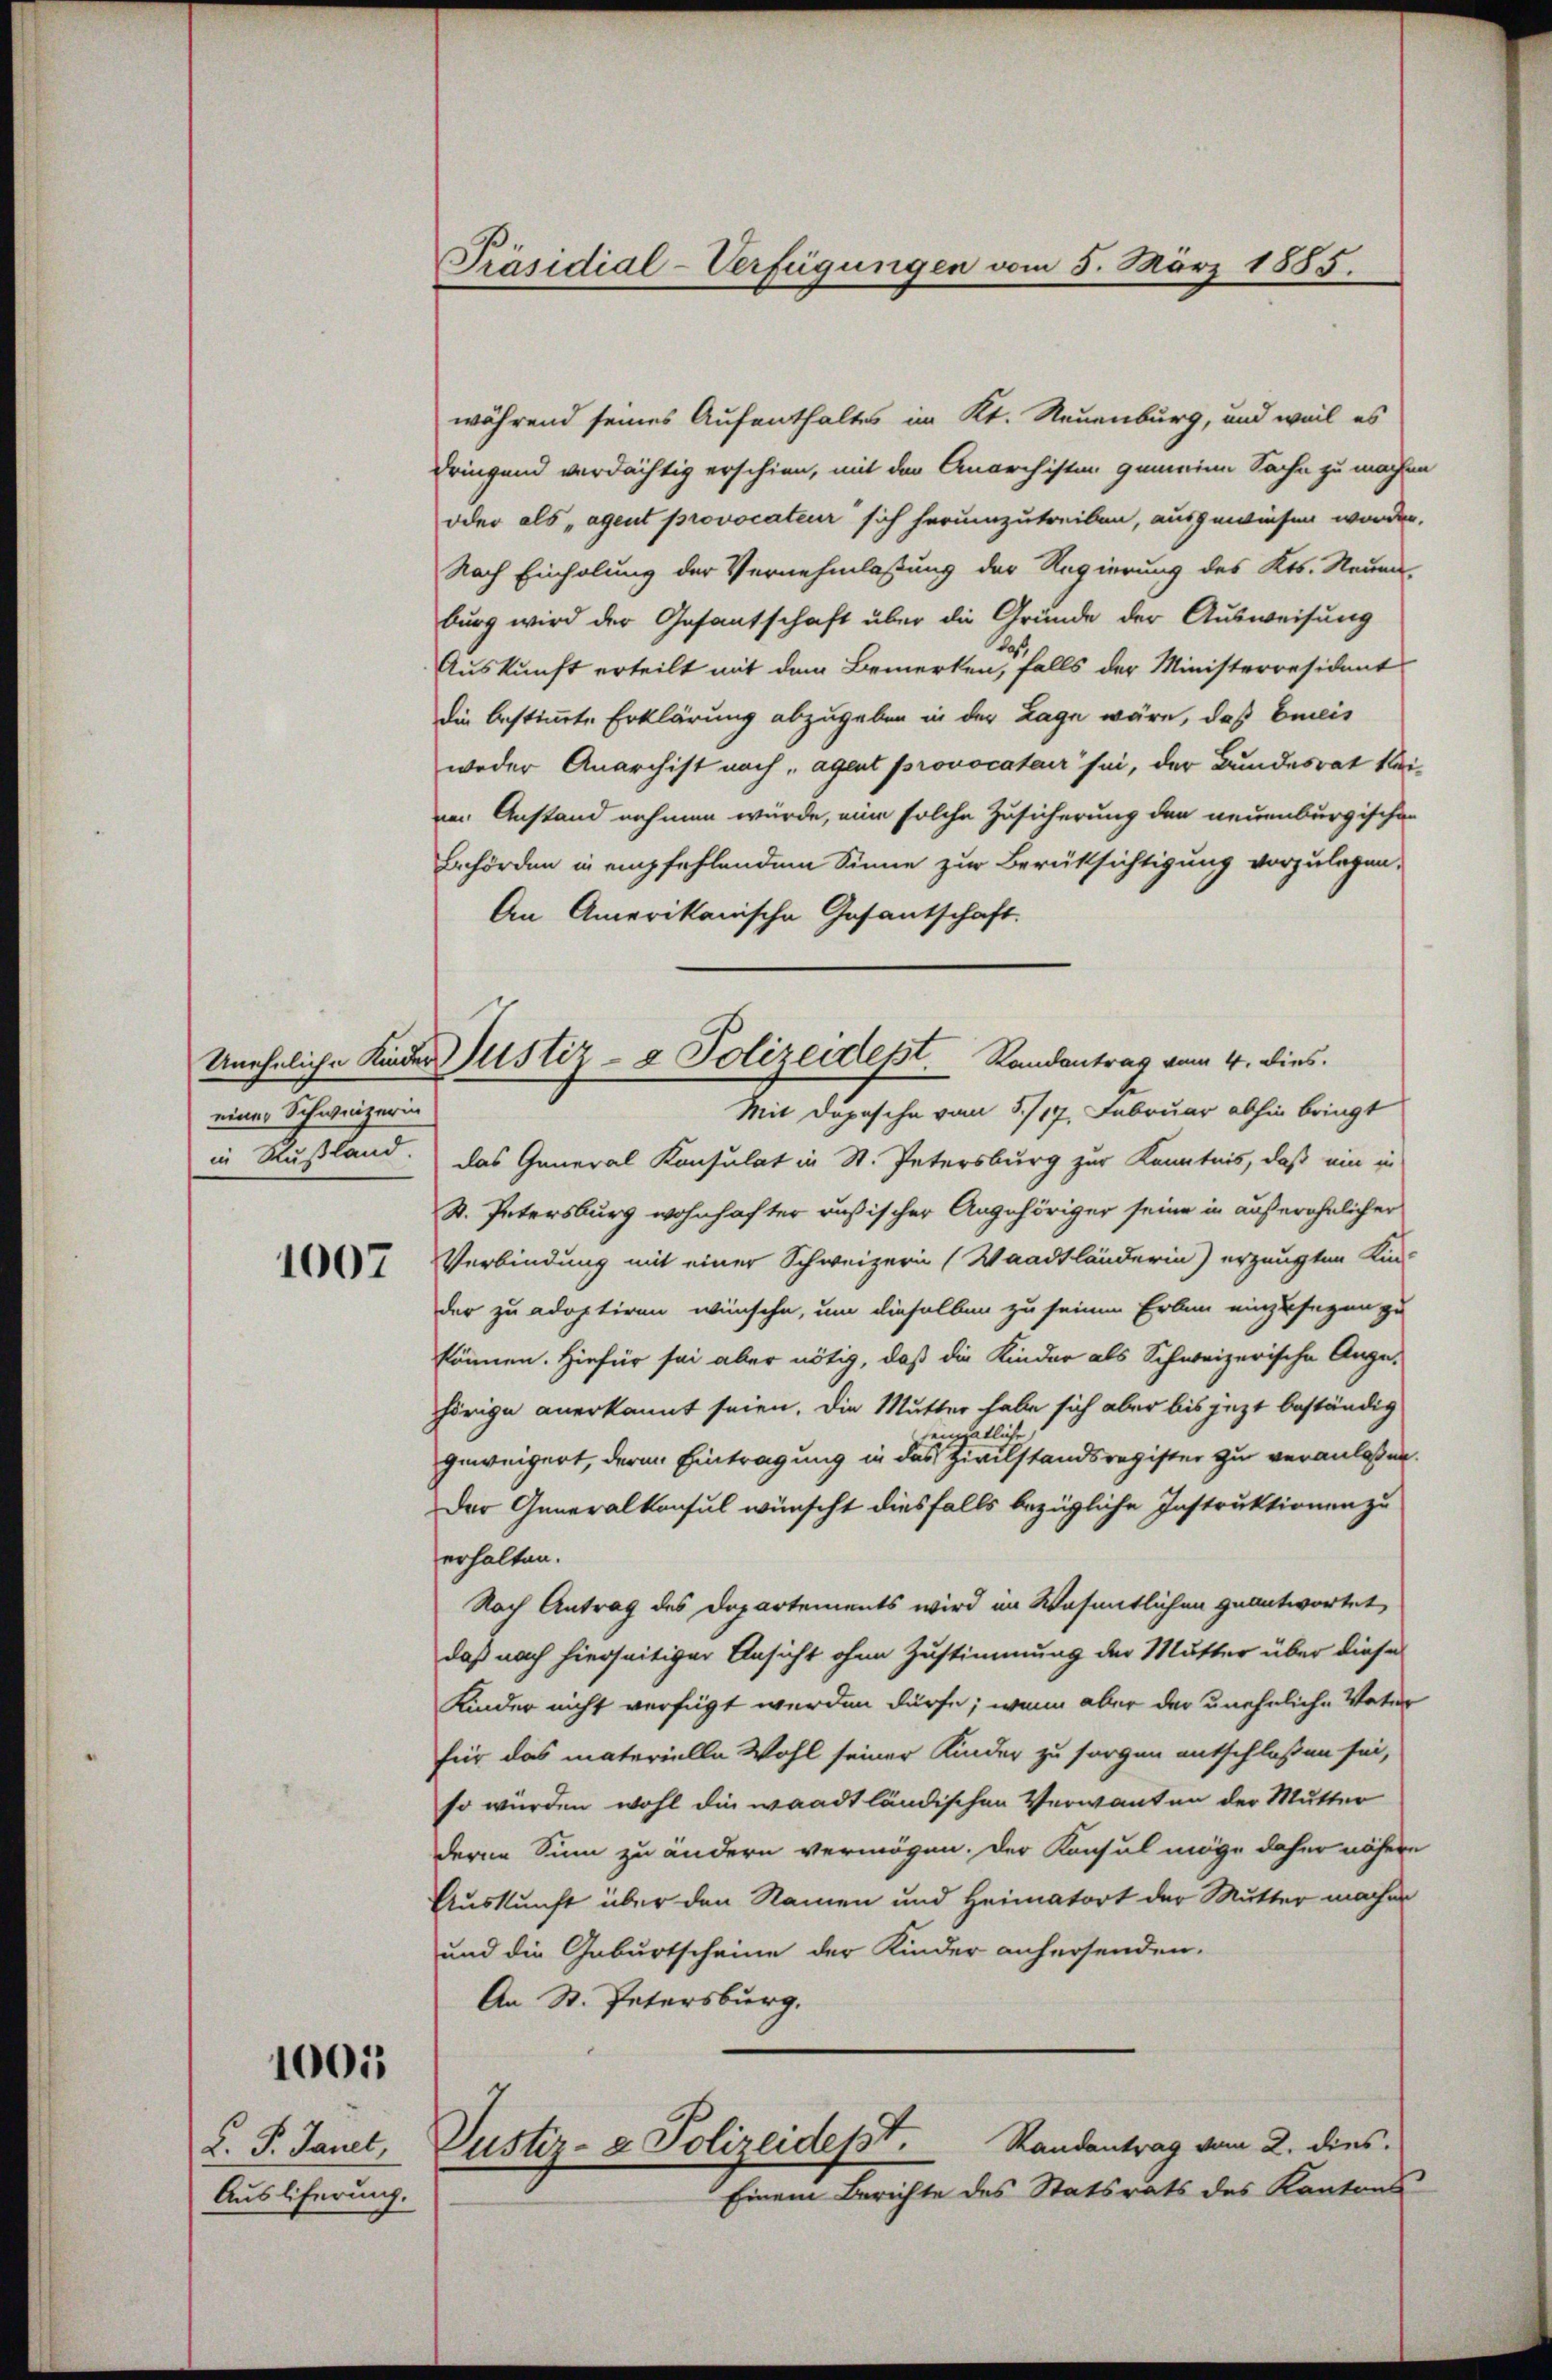
einer Schweizerin

1007

1005

L. P. Janet,
Ausliferung.

Präsidial-Verfügungen vom 5. März 1885.

während seines Aufenthaltes im Kt. Neuenburg, und weil es
dringend verdächtig erschien, mit der Anarchisten gemeine Sache zu machen
oder als „agent provocateur sich herumzutreiben, ausgewiesen worden.
Nach Einholung der Vernehmlassung der Regierung des Kts. Neuen-
burg wird der Gesantschaft über die Grunde der Ausweisung
Auskunft erteilt mit dem Bemerken, falls der Ministerresident
die bestimmte Erklärung abzugeben in der Lage wäre, daß breis
weder Anarchist nach „agent provocatair sei, der Bundesrat keinen Anstand nehmen würde, eine solche Zusicherung den neuenburgischen
Behörden in empfehlendem Sinne zur Berüksichtigung vorzulegen.
An Amerikanische Gesantschaft.
Mit Depesche vom 5./17. Februar abhin bringt
in Rußland. Das General Konsulat in St. Petersburg zur Kenntnis, daß ein in
S. Petersburg wohnhafter russischer Angehöriger seine in außerähnlicher
Verbindung mit einer Schweizern (Waadtländerin) erzeugten Kin-
der zu adoptiren wünsche, um dieselben zu seinen Erben einzusagen zu
können. Hiefür sei aber nötig, daß die Kinder als Schweizerische Auge-
hörige anerkannt seien. Die Mutter habe sich aber bis jetzt beständig
einhätliche
geweigert, deren Eintragung in das Zivilstandsregister zu veranlaßen.
Der Generalkonsul wünscht diesfalls bezügliche Instruktionen zu
erhalten.
Nach Antrag des Departements wird im Wesentlichen geantwortet,
daß nach hierseitiger Ansicht ohne Zustimmung der Mutter über diese
Kinder nicht verfügt werden dürfe; wenn aber der uneheliche Vater
für das materielle Wohl seiner Kinder zu sorgen entschloßen sei,
so würden wohl die waadtländischen Verwanten der Mutter
deren Sinn zu ändern vermögen. Der Konsul möge daher nähere
Auskunft über den Namen und Heimatort der Mutter macher
und die Geburtscheine der Kinder anhersenden.
An St. Petersburg.
Randantrag vom 2. dies
Justiz- & Polizeidept.
Einem Berichte des Statsrats des Kantons

Uneheliche Kinder Justiz- & Polizeidest.   Randantrag vom 4. dies